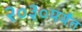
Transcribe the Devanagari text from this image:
२०३०पर्यंत